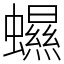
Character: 䗾